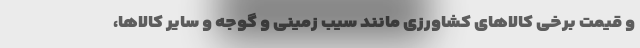
و قیمت برخی کالاهای کشاورزی مانند سیب زمینی و گوجه و سایر کالاها،